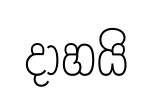
දාහයි